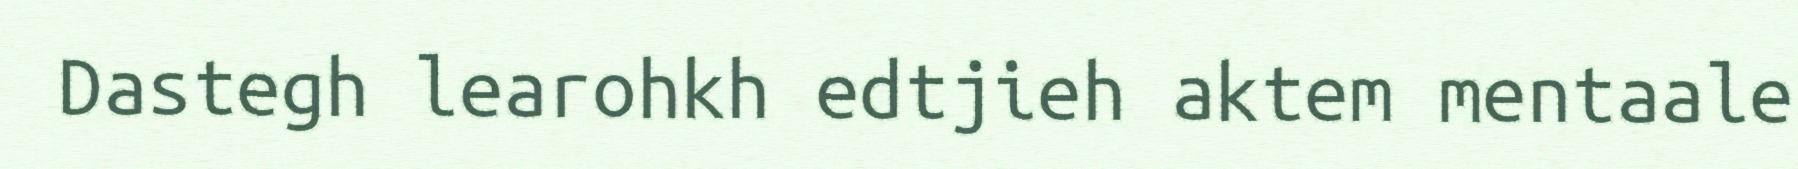
Dastegh learohkh edtjieh aktem mentaale